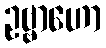
ဥဗ္ဗာဟော